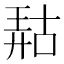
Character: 𫪹